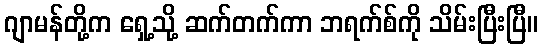
ဂျာမန်တို့က ရှေ့သို့ ဆက်တက်ကာ ဘရက်စ်ကို သိမ်းပြီးပြီ။